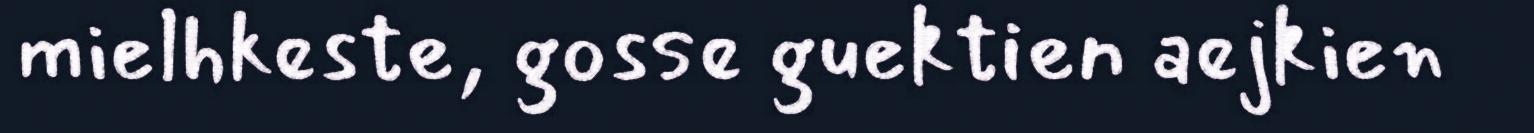
mielhkeste, gosse guektien aejkien